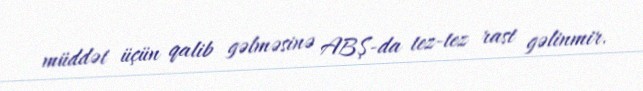
müddət üçün qalib gəlməsinə ABŞ-da tez-tez rast gəlinmir.